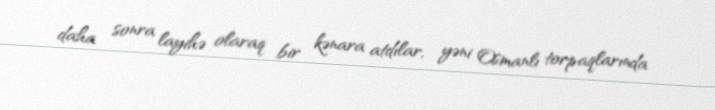
daha sonra layihə olaraq bir kənara atdılar, yəni Osmanlı torpaqlarında